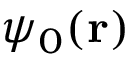
\psi _ { 0 } ( \mathbf { r } )